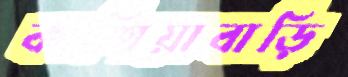
কাশিয়াবাড়ি